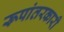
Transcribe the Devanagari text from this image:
रूपांतरकारी